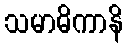
သမာဓိကာနိ